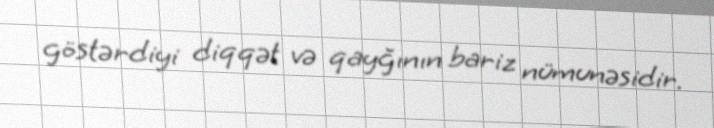
göstərdiyi diqqət və qayğının bariz nümunəsidir.